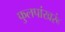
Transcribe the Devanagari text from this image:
फुलपांखरूं